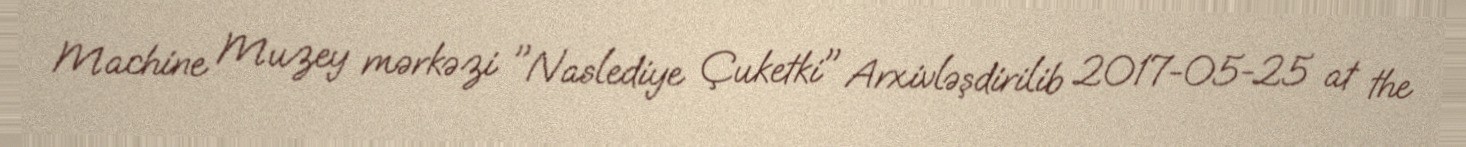
Machine Muzey mərkəzi "Naslediye Çuketki" Arxivləşdirilib 2017-05-25 at the